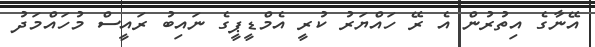
އޭނާގެ އިތުރުން އެ ރޭ ހައްޔަރު ކުރީ އެމްޑީޕީގެ ނައިބު ރައީސް މުހައްމަދު